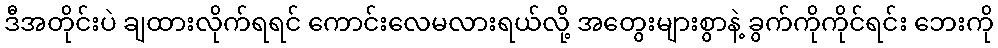
ဒီအတိုင်းပဲ ချထားလိုက်ရရင် ကောင်းလေမလားရယ်လို့ အတွေးများစွာနဲ့ ခွက်ကိုကိုင်ရင်း ဘေးကို